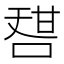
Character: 𠷱